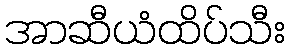
အာဆီယံထိပ်သီး